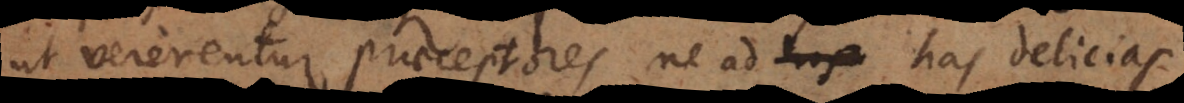
ut vererentur praeceptores ne ad has delicias